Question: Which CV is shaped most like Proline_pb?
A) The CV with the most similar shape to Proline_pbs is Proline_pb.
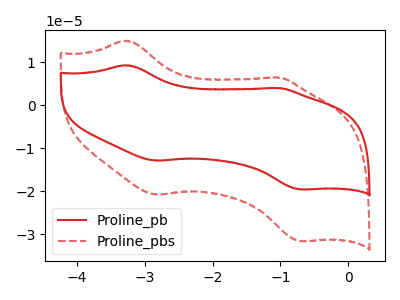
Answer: <think>The red curve "Proline_pb" has anodic peaks at (-3.30V, 9.30uA) (-1.05V, 4.00uA) and cathodic peaks at (-2.85V, -12.85uA) (-0.70V, -19.55uA). The red dashed curve "Proline_pbs" has anodic peaks at (-3.30V, 15.00uA) (-1.05V, 6.45uA) and cathodic peaks at (-2.85V, -20.80uA) (-0.70V, -31.60uA).
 All the peaks in "Proline_pb" have a peak in "Proline_pbs" at the same potential. Every peak in "Proline_pb" is lower than every peak in "Proline_pbs".</think>
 <answer>A) The CV with the most similar shape to "Proline_pbs" is "Proline_pb".</answer>
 <eval>A</eval>